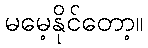
မမေ့နိုင်တော့။